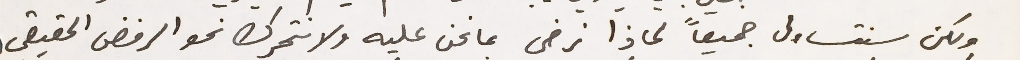
ولكن سنتساءل جميعاً لماذا نرضى بما نحن عليه ولا نتحرك نحو الرفض الحقيقي